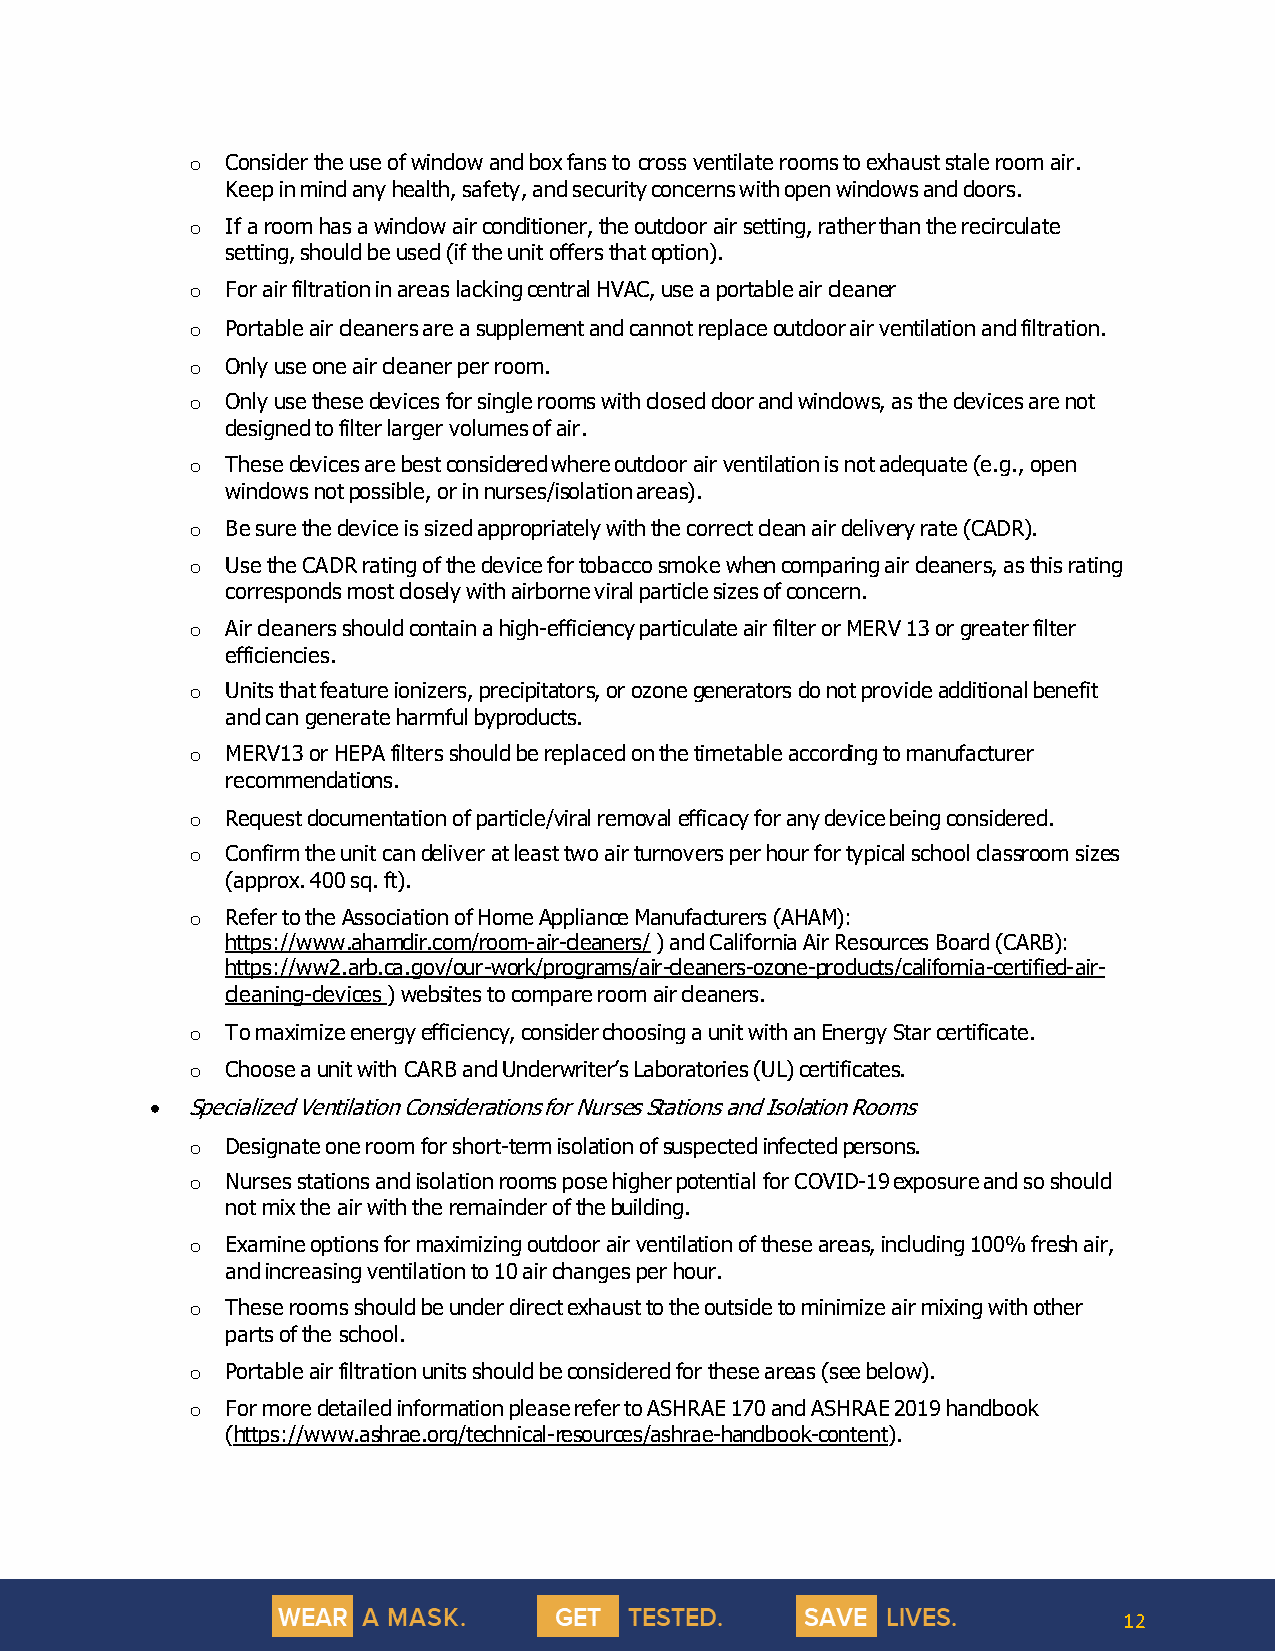
o  Consider the use of window and box fans to cross ventilate rooms to exhaust stale room air.
 Keep in mind any health, safety, and security concerns with open windows and doors.
 o  If a room has a window air conditioner, the outdoor air setting, rather than the recirculate
 setting, should be used (if the unit offers that option).
 o  For air filtration in areas lacking central HVAC, use a portable air cleaner
 o  Portable air cleaners are a supplement and cannot replace outdoor air ventilation and filtration.
 o  Only use one air cleaner per room.
 o  Only use these devices for single rooms with closed door and windows, as the devices are not
 designed to filter larger volumes of air.
 o  These devices are best considered where outdoor air ventilation is not adequate (e.g., open
 windows not possible, or in nurses/isolation areas).
 o  Be sure the device is sized appropriately with the correct clean air delivery rate (CADR).
 o  Use the CADR rating of the device for tobacco smoke when comparing air cleaners, as this rating
 corresponds most closely with airborne viral particle sizes of concern.
 o  Air cleaners should contain a high-efficiency particulate air filter or MERV 13 or greater filter
 efficiencies.
 o  Units that feature ionizers, precipitators, or ozone generators do not provide additional benefit
 and can generate harmful byproducts.
 o  MERV13 or HEPA filters should be replaced on the timetable according to manufacturer
 recommendations.
 o  Request documentation of particle/viral removal efficacy for any device being considered.
 o  Confirm the unit can deliver at least two air turnovers per hour for typical school classroom sizes
 (approx. 400 sq. ft).
 o  Refer to the Association of Home Appliance Manufacturers (AHAM):
 https://www.ahamdir.com/room-air-cleaners/ ) and California Air Resources Board (CARB):
 https://ww2.arb.ca.gov/our-work/programs/air-cleaners-ozone-products/california-certified-air-
 cleaning-devices ) websites to compare room air cleaners.
 o  To maximize energy efficiency, consider choosing a unit with an Energy Star certificate.
 o  Choose a unit with CARB and Underwriter’s Laboratories (UL) certificates.
 • Specialized Ventilation Considerations for Nurses Stations and Isolation Rooms
 o  Designate one room for short-term isolation of suspected infected persons.
 o  Nurses stations and isolation rooms pose higher potential for COVID-19 exposure and so should
 not mix the air with the remainder of the building.
 o  Examine options for maximizing outdoor air ventilation of these areas, including 100% fresh air,
 and increasing ventilation to 10 air changes per hour.
 o  These rooms should be under direct exhaust to the outside to minimize air mixing with other
 parts of the school.
 o  Portable air filtration units should be considered for these areas (see below).
 o  For more detailed information please refer to ASHRAE 170 and ASHRAE 2019 handbook
 (https://www.ashrae.org/technical-resources/ashrae-handbook-content).
 12